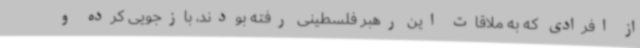
از افرادی که به ملاقات این رهبر فلسطینی رفته بودند، بازجویی کرده و